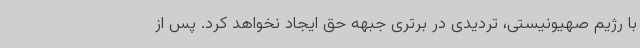
با رژیم صهیونیستی، تردیدی در برتری جبهه حق ایجاد نخواهد کرد. پس از